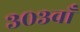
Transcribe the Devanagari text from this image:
३०३वाँ